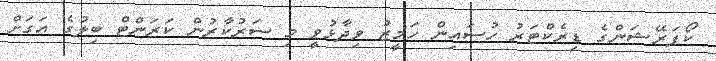
ކޯޕަރޭޝަންގެ ޑިރެކްޓަރު ހުސައިން ހަމީޒު ވިދާޅުވީ މި ސަރުކާރުން ކަރަންޓް ބިލުގެ އަގަށް